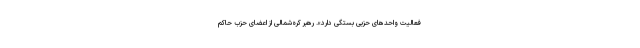
فعالیت واحدهای حزبی بستگی دارد». رهبر کره‌شمالی از اعضای حزب حاکم